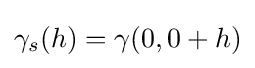
\gamma _{s}(h)=\gamma (0,0+h)